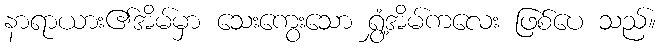
နာရာယား၏အိမ်မှာ သေးကွေးသော ရွှံ့အိမ်ကလေး ဖြစ်ပေ သည်။